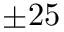
\pm 2 5